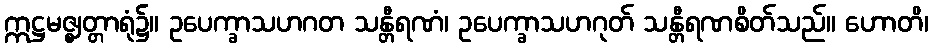
ဣဋ္ဌမဇ္ဈတ္တာရုံ၌။ ဥပေက္ခာသဟဂတ သန္တီရဏံ၊ ဥပေက္ခာသဟဂုတ် သန္တီရဏစိတ်သည်။ ဟောတိ၊